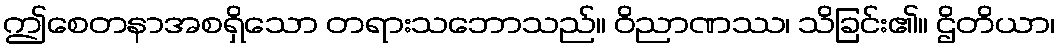
ဤစေတနာအစရှိသော တရားသဘောသည်။ ဝိညာဏဿ၊ သိခြင်း၏။ ဌိတိယာ၊